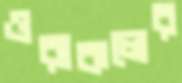
ওরাকলের